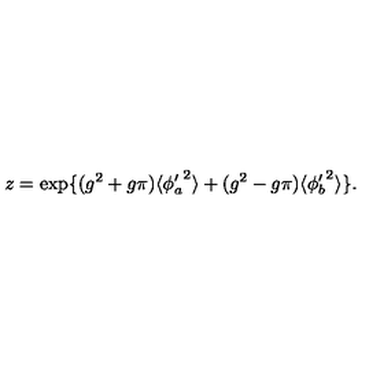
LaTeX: z = \exp \{ ( g ^ { 2 } + g \pi ) \langle { \phi _ { a } ^ { \prime } } ^ { 2 } \rangle + ( g ^ { 2 } - g \pi ) \langle { \phi _ { b } ^ { \prime } } ^ { 2 } \rangle \} .